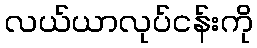
လယ်ယာလုပ်ငန်းကို